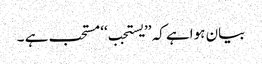
بیان ہواہے کہ ’’یستجب‘‘ مستحب ہے ۔